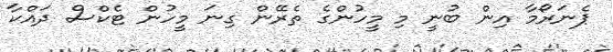
ޕެނަރޯމާ އިން ބުނީ މި މީހުންގެ ތެރޭން ގިނަ މީހުން ޓެކްސް ދައްކާ